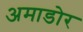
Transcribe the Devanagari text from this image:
अमाडोर